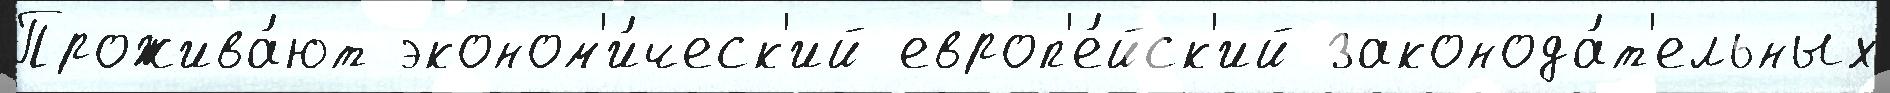
Прожива́ют эконом'и́ческ'ий европ'е́йск'ий законода́т'ельных